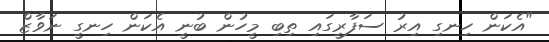
"އެކަން ހިނގި އިރު ސަފާރީގައި ތިބި މީހުން ބުނީ އެކަން ހިނގީ ނަވާޒް